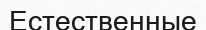
Естественные